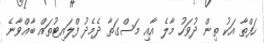
ހަފްތާ އަކު ތިން ދުވަހު މާލެ އާއި މަސްގަތާ ދެމެދު ފްލައިޓުތައް ބާޢްވާނެ